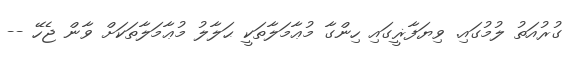
ގުރުއަތު ލުމުގައި. ވިޔަފާޜީގައި ހިންގާ މުޢާމަލާތަކީ ޙަލާލު މުޢާމަލާތަކަށް ވާން ޖެހޭ --